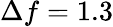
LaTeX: \Delta f=1.3